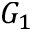
G _ { 1 }